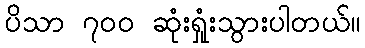
ပိသာ ၇၀၀ ဆုံးရှုံးသွားပါတယ်။